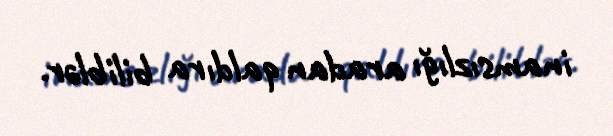
inamsızlığı aradan qaldıra biliblər.